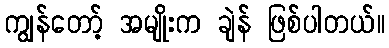
ကျွန်တော့် အမျိုးက ချဲန် ဖြစ်ပါတယ်။